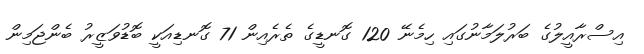
އިސްރާއީލުގެ ބަރުލަމާނުގައި ހިމެނޭ 120 ގޮނޑީގެ ތެރެއިން 71 ގޮނޑިއަކީ ބޮޑުވަޒީރު ބެންޖަމިން